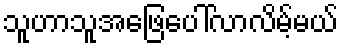
သူဟာသူအဖြေပေါ်လာလိမ့်မယ်